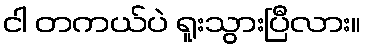
ငါ တကယ်ပဲ ရူးသွားပြီလား။